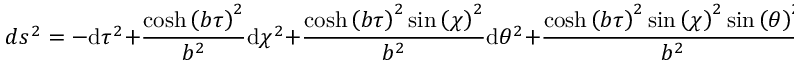
d s ^ { 2 } = - \mathrm { d } { \tau } ^ { 2 } + \frac { \cosh \left( b { \tau } \right) ^ { 2 } } { b ^ { 2 } } \mathrm { d } { \chi } ^ { 2 } + \frac { \cosh \left( b { \tau } \right) ^ { 2 } \sin \left( { \chi } \right) ^ { 2 } } { b ^ { 2 } } \mathrm { d } { \theta } ^ { 2 } + \frac { \cosh \left( b { \tau } \right) ^ { 2 } \sin \left( { \chi } \right) ^ { 2 } \sin \left( { \theta } \right) ^ { 2 } } { b ^ { 2 } } \mathrm { d } { \phi } ^ { 2 }